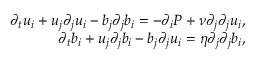
\begin{array} { r } { \partial _ { t } u _ { i } + u _ { j } \partial _ { j } u _ { i } - b _ { j } \partial _ { j } b _ { i } = - \partial _ { i } P + \nu \partial _ { j } \partial _ { j } u _ { i } , } \\ { \partial _ { t } b _ { i } + u _ { j } \partial _ { j } b _ { i } - b _ { j } \partial _ { j } u _ { i } = \eta \partial _ { j } \partial _ { j } b _ { i } , } \end{array}